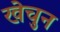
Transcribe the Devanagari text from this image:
खेचुन